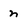
Character: n